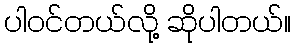
ပါဝင်တယ်လို့ ဆိုပါတယ်။